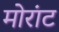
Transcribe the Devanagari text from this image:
मोरांट